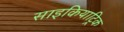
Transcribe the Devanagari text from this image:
साइकियाट्रिक